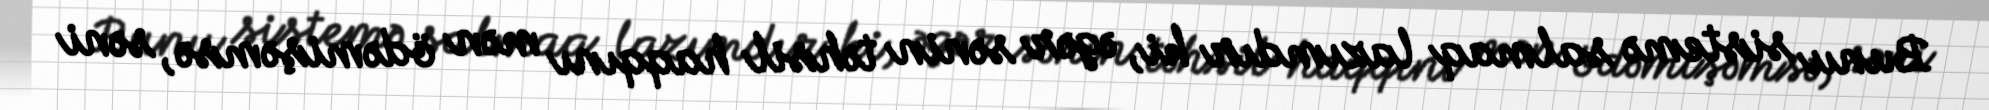
Bunu sistemə salmaq lazımdır ki, əgər sənin təhsil haqqını mən ödəmişəmsə, səni